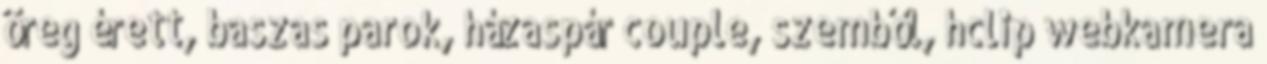
öreg érett, baszas parok, házaspár couple, szemből, hclip webkamera